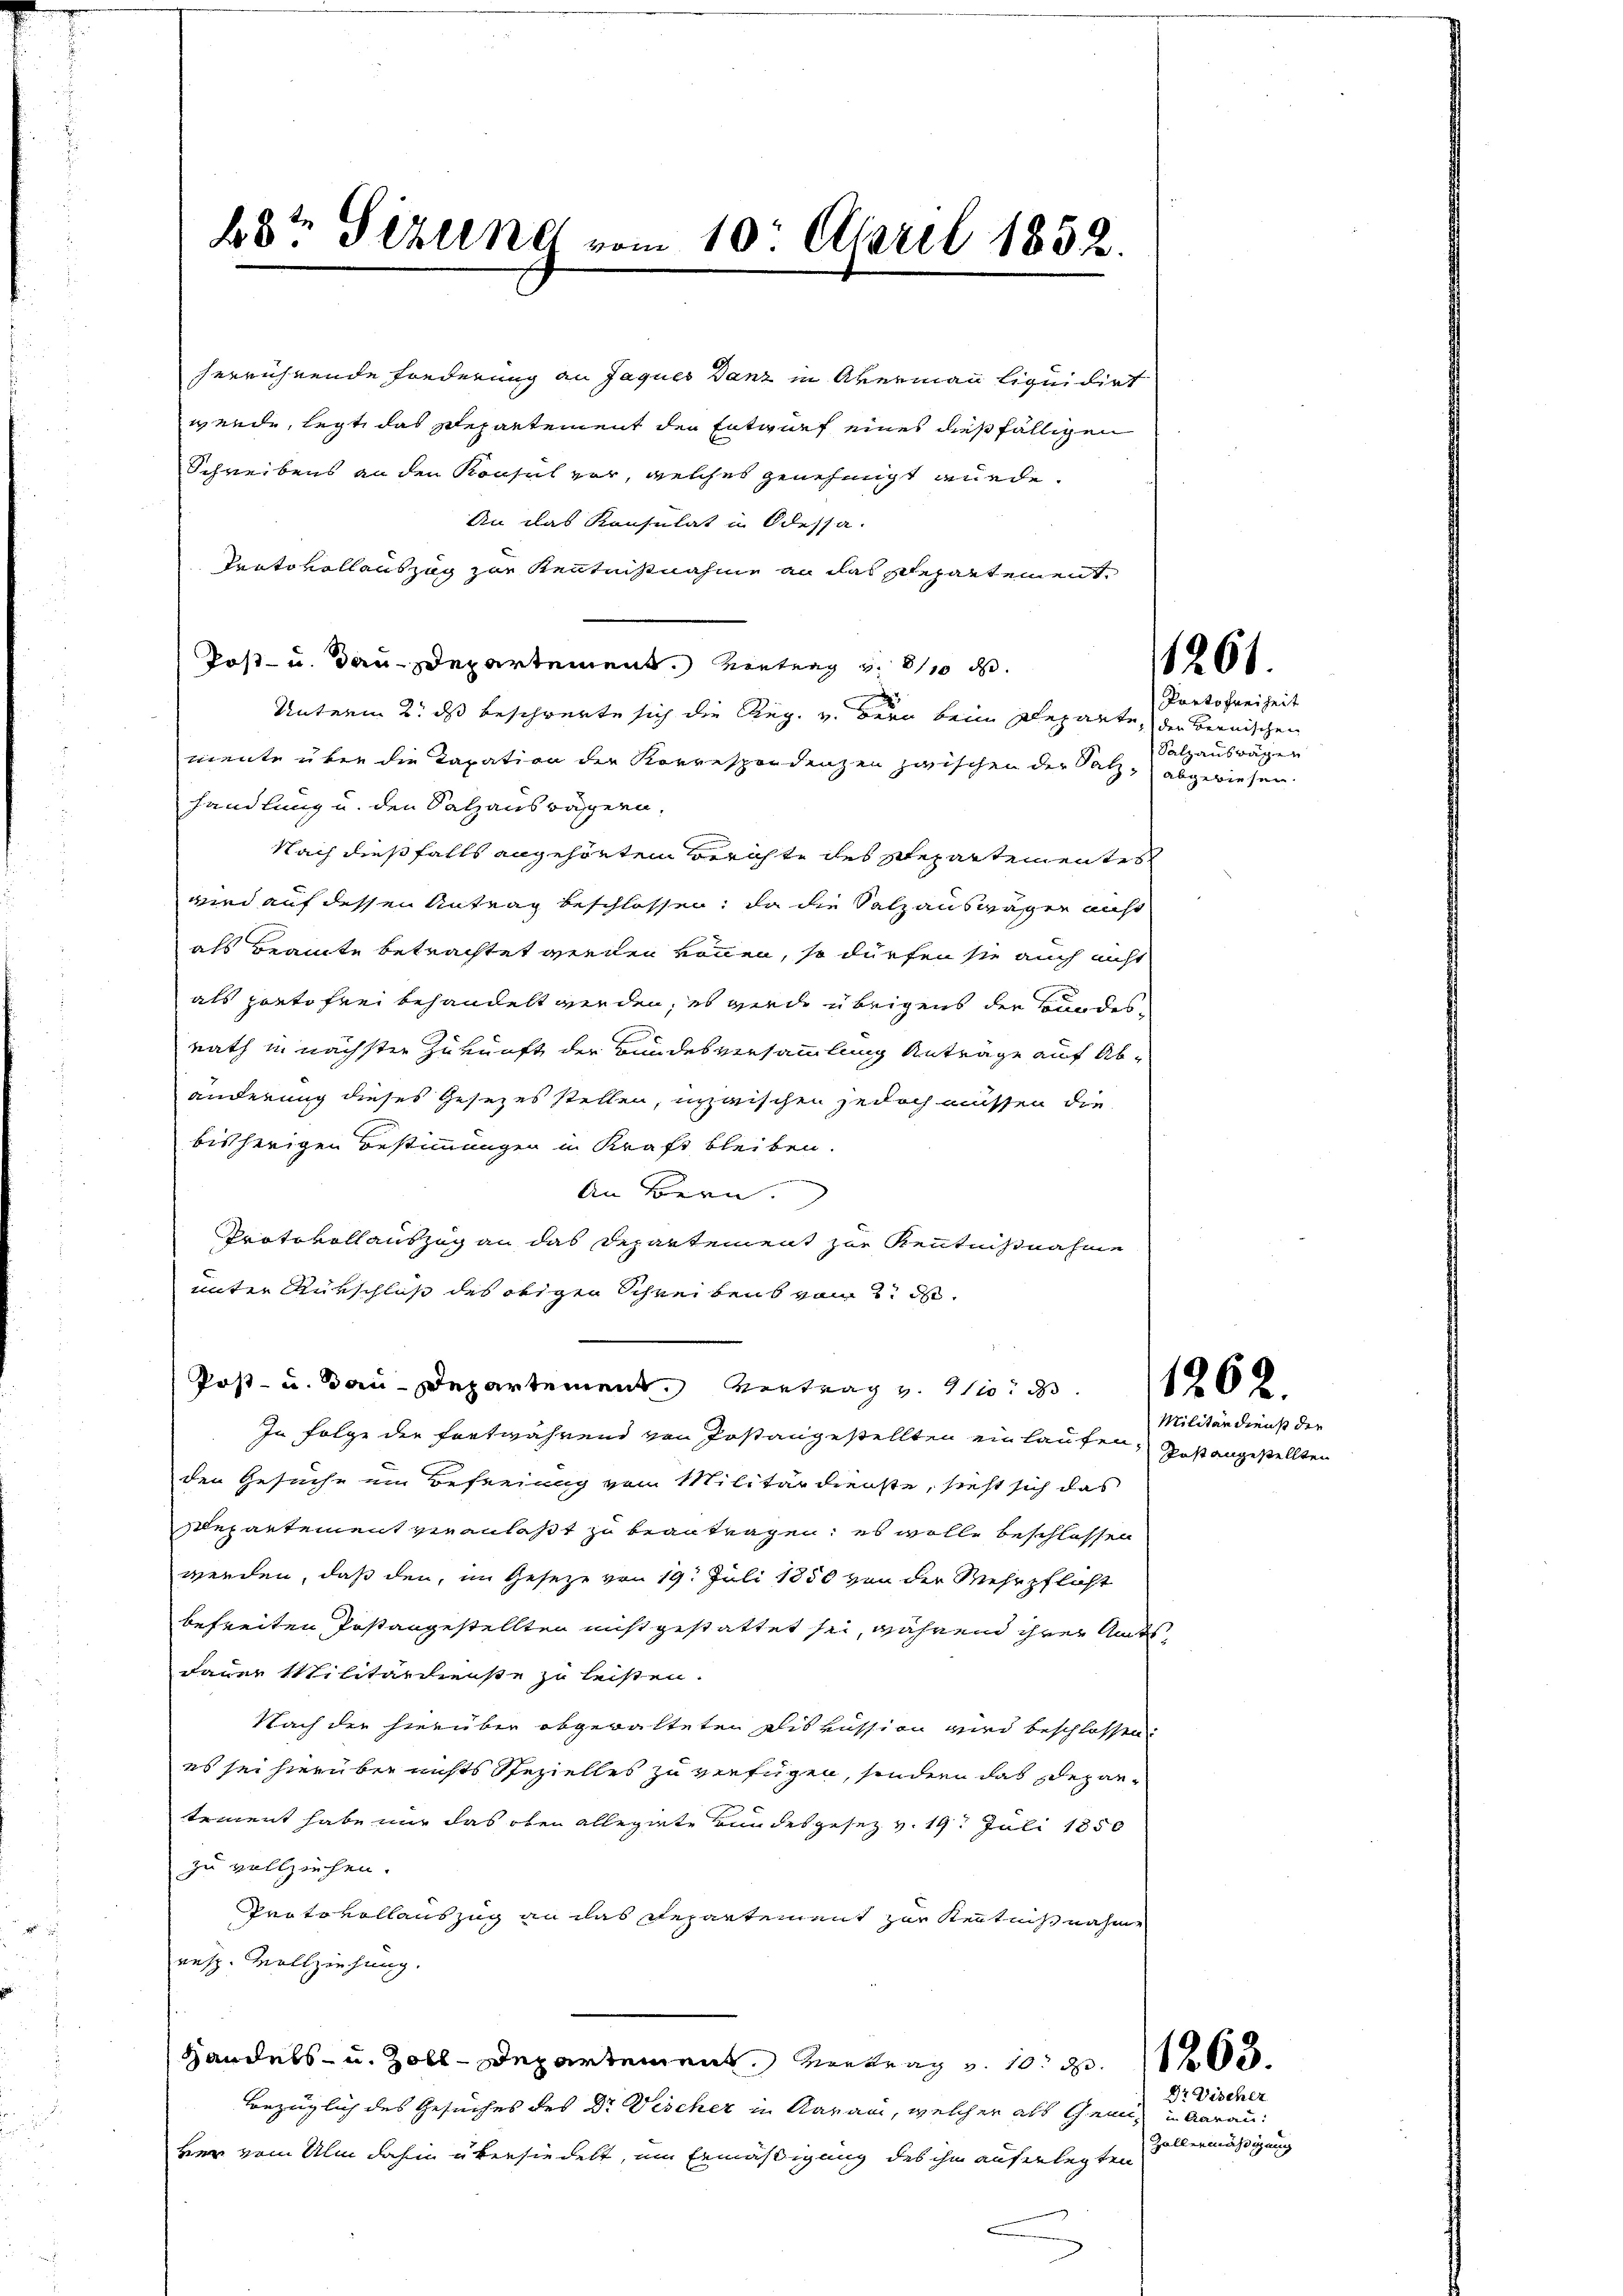
herrührende Fonderung an Jaques Ganz in Avermann liquidirt
werde, legt das Departement der Entwurf eines dießfälligen
Schreibens an den Konsul vor, welches genehmigt würde
An das Konsulat in Odessa.
Protokollauszug zur Kenntnißnahme an das schepartement
Post- u. dau-Departement. Betrag v. 810 d
Unterm 2. ds beschwerte sich die Reg. v. Bern beim Departe, den Bernischen
mente über die Taxation der Korrespondenzen zwischen der Satz, abgewiesen.
handlung u. den Salzauswägern.
Nach dießfalls angehörten Berichte des Stepartementes
wird auf dessen Antrag beschlossen, da die Salzauswäger nicht
als Beamte betrachtet werden können, so dürfen sie auch nicht
als porto frei behandelt werden, es wurde übrigens der Bundesrath in nächster Zukunft der Bundesversammlung Anträge auf Abänderung dieses Gesezes stellen, inzwischen jedoch müssen die
bisherigen Bestimmungen in Kraft bleiben.
An Bern.
Protokollauszug an das Departement zur Kenntnißnahme
unter Rükschluß des origen Schreibens von 2. d
Post- u. Bau-Departement. Vertrag v. 11. d.
In Folge der fortwährend von Postangestellten einlaufen.
den Gesuche ein Beferung vom Militärdienste, sieht sich das
departement veranlaßt zu beantragen; es wolle beschlossen
werden, daß den, im Gesetze von 19. Juli 1850 von der Mehrpflicht
befreiten Postangestellten nicht gestattet sei, während ihrer Amtsdauer Militärdienste zu leisten.
Nach der hierüber abgewalteten Diskussion wird beschlossen
es sei hierüber nichts Spezielles zu verfügen, sondern das der antement habe nur das oben allegirte Bundesgesetz v. 19. Juli 1850
zu vollziehen.
Protovollauszug an das Repartement zur Kenntnißnahme
resp. Vollziehung.
Handels- u. Zoll-Departement vertrag v. 10. d. 1 f 0 x
Bezüglich des Gesuches des Dr. Vischer in Aarau, welcher als Gemiber vom Ulm dahin übersiedelt, um Ermäßigung des ihm auferlegten

48te Sirung vom 10. April 1832.

1261.

Partofreiheit
Salzauswägen

1262.

Militärdienst die
Post angestellten

Dr Discher
in Garan:
Zöllermäßigung